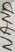
Text: NAND